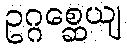
ဥဂ္ဂစ္ဆေယျ